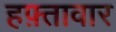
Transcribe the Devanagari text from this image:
हफ़्तावार